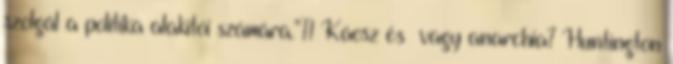
szolgál a politika alakítói számára.”11 Káosz és vagy anarchia? Huntington